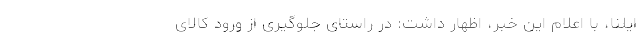
ایلنا، با اعلام این خبر، اظهار داشت: در راستای جلوگیری از ورود کالای